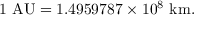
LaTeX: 1 { \mathrm { ~ A U } } = 1 . 4 9 5 9 7 8 7 \times 1 0 ^ { 8 } { \mathrm { ~ k m } } .